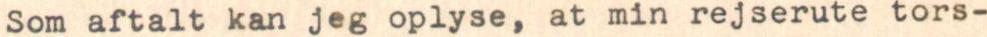
Som aftalt kan jeg oplyse, at min rejserute tors-